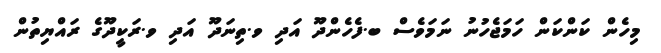
މިހެން ކަންކަން ހަމަޖެހުނު ނަމަވެސް ބ.ފެހެންދޫ އަދި ވ.ތިނަދޫ އަދި ވ.ރަކީދޫގެ ރައްޔިތުން